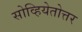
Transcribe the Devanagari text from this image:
सोव्हियेतोत्तर